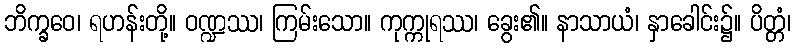
ဘိက္ခဝေ၊ ရဟန်းတို့။ ဝဏ္ဍဿ၊ ကြမ်းသော။ ကုက္ကုရဿ၊ ခွေး၏။ နာသာယံ၊ နှာခေါင်း၌။ ပိတ္တံ၊